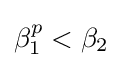
\beta _{1}^{p}<\beta _{2}